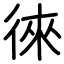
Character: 徠